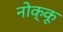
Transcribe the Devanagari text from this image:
नोक्कू